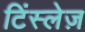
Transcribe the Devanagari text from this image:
टिंस्लेज़